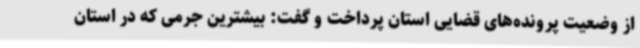
از وضعیت پرونده‌های قضایی استان پرداخت و گفت: بیشترین جرمی که در استان